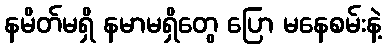
နမိတ်မရှိ နမာမရှိတွေ ပြော မနေစမ်းနဲ့